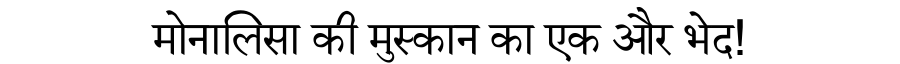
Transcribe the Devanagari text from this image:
मोनालिसा की मुस्कान का एक और भेद!